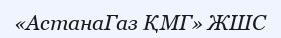
«АстанаГаз ҚМГ» ЖШС